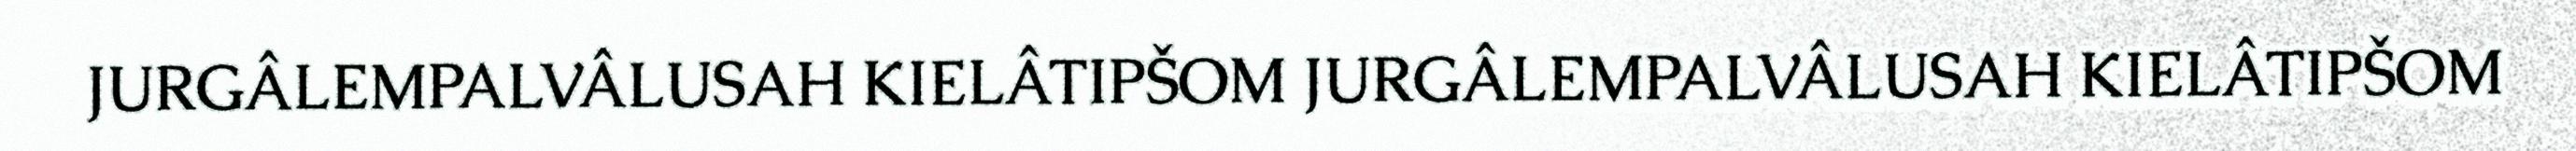
JURGÂLEMPALVÂLUSAH KIELÂTIPŠOM JURGÂLEMPALVÂLUSAH KIELÂTIPŠOM